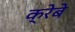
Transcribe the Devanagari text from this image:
क्रेबे